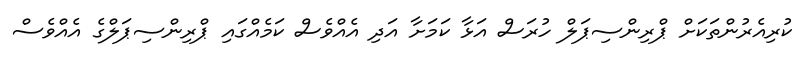
ކުރިއެރުންތަކަށް ޕްރިންސިޕަލް ހުރަސް އަޅާ ކަމަށާ އަދި އެއްވެސް ކަމެއްގައި ޕްރިންސިޕަލްގެ އެއްވެސް